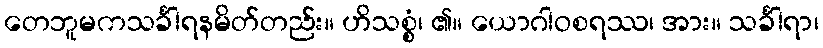
တေဘူမကသင်္ခါရနမိတ်တည်း။ ဟိသစ္စံ၊ ၏။ ယောဂါဝစရဿ၊ အား။ သင်္ခါရာ၊